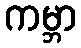
ကမ္ဘာ